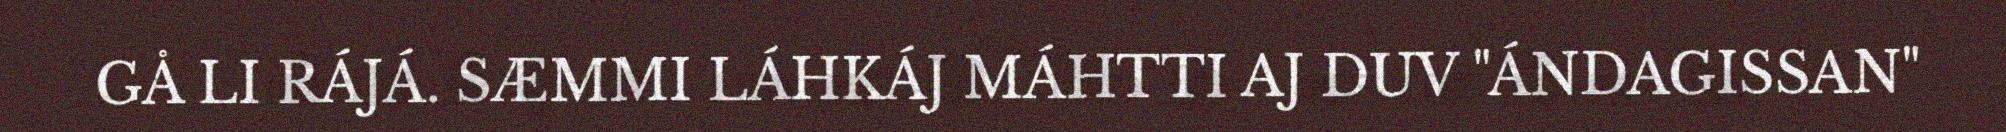
GÅ LI RÁJÁ. SÆMMI LÁHKÁJ MÁHTTI AJ DUV "ÁNDAGISSAN"